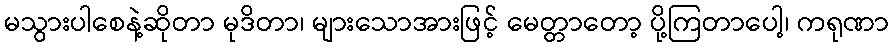
မသွားပါစေနဲ့ဆိုတာ မုဒိတာ၊ များသောအားဖြင့် မေတ္တာတော့ ပို့ကြတာပေါ့၊ ကရုဏာ